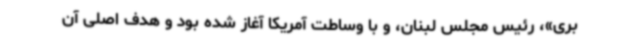
بری»، رئیس مجلس لبنان، و با وساطت آمریکا آغاز شده بود و هدف اصلی آن